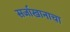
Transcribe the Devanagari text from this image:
सर्जाखानाचा